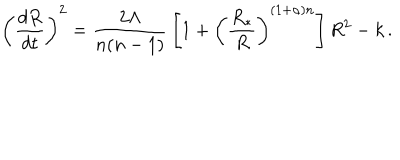
LaTeX: \left( { \frac { d R } { d t } } \right) ^ { 2 } = { \frac { 2 \Lambda } { n ( n - 1 ) } } \left[ 1 + \left( { \frac { R _ { * } } { R } } \right) ^ { ( 1 + \alpha ) n } \right] R ^ { 2 } - k \, .